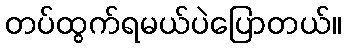
တပ်ထွက်ရမယ်ပဲပြောတယ်။